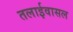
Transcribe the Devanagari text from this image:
तलाईवासल